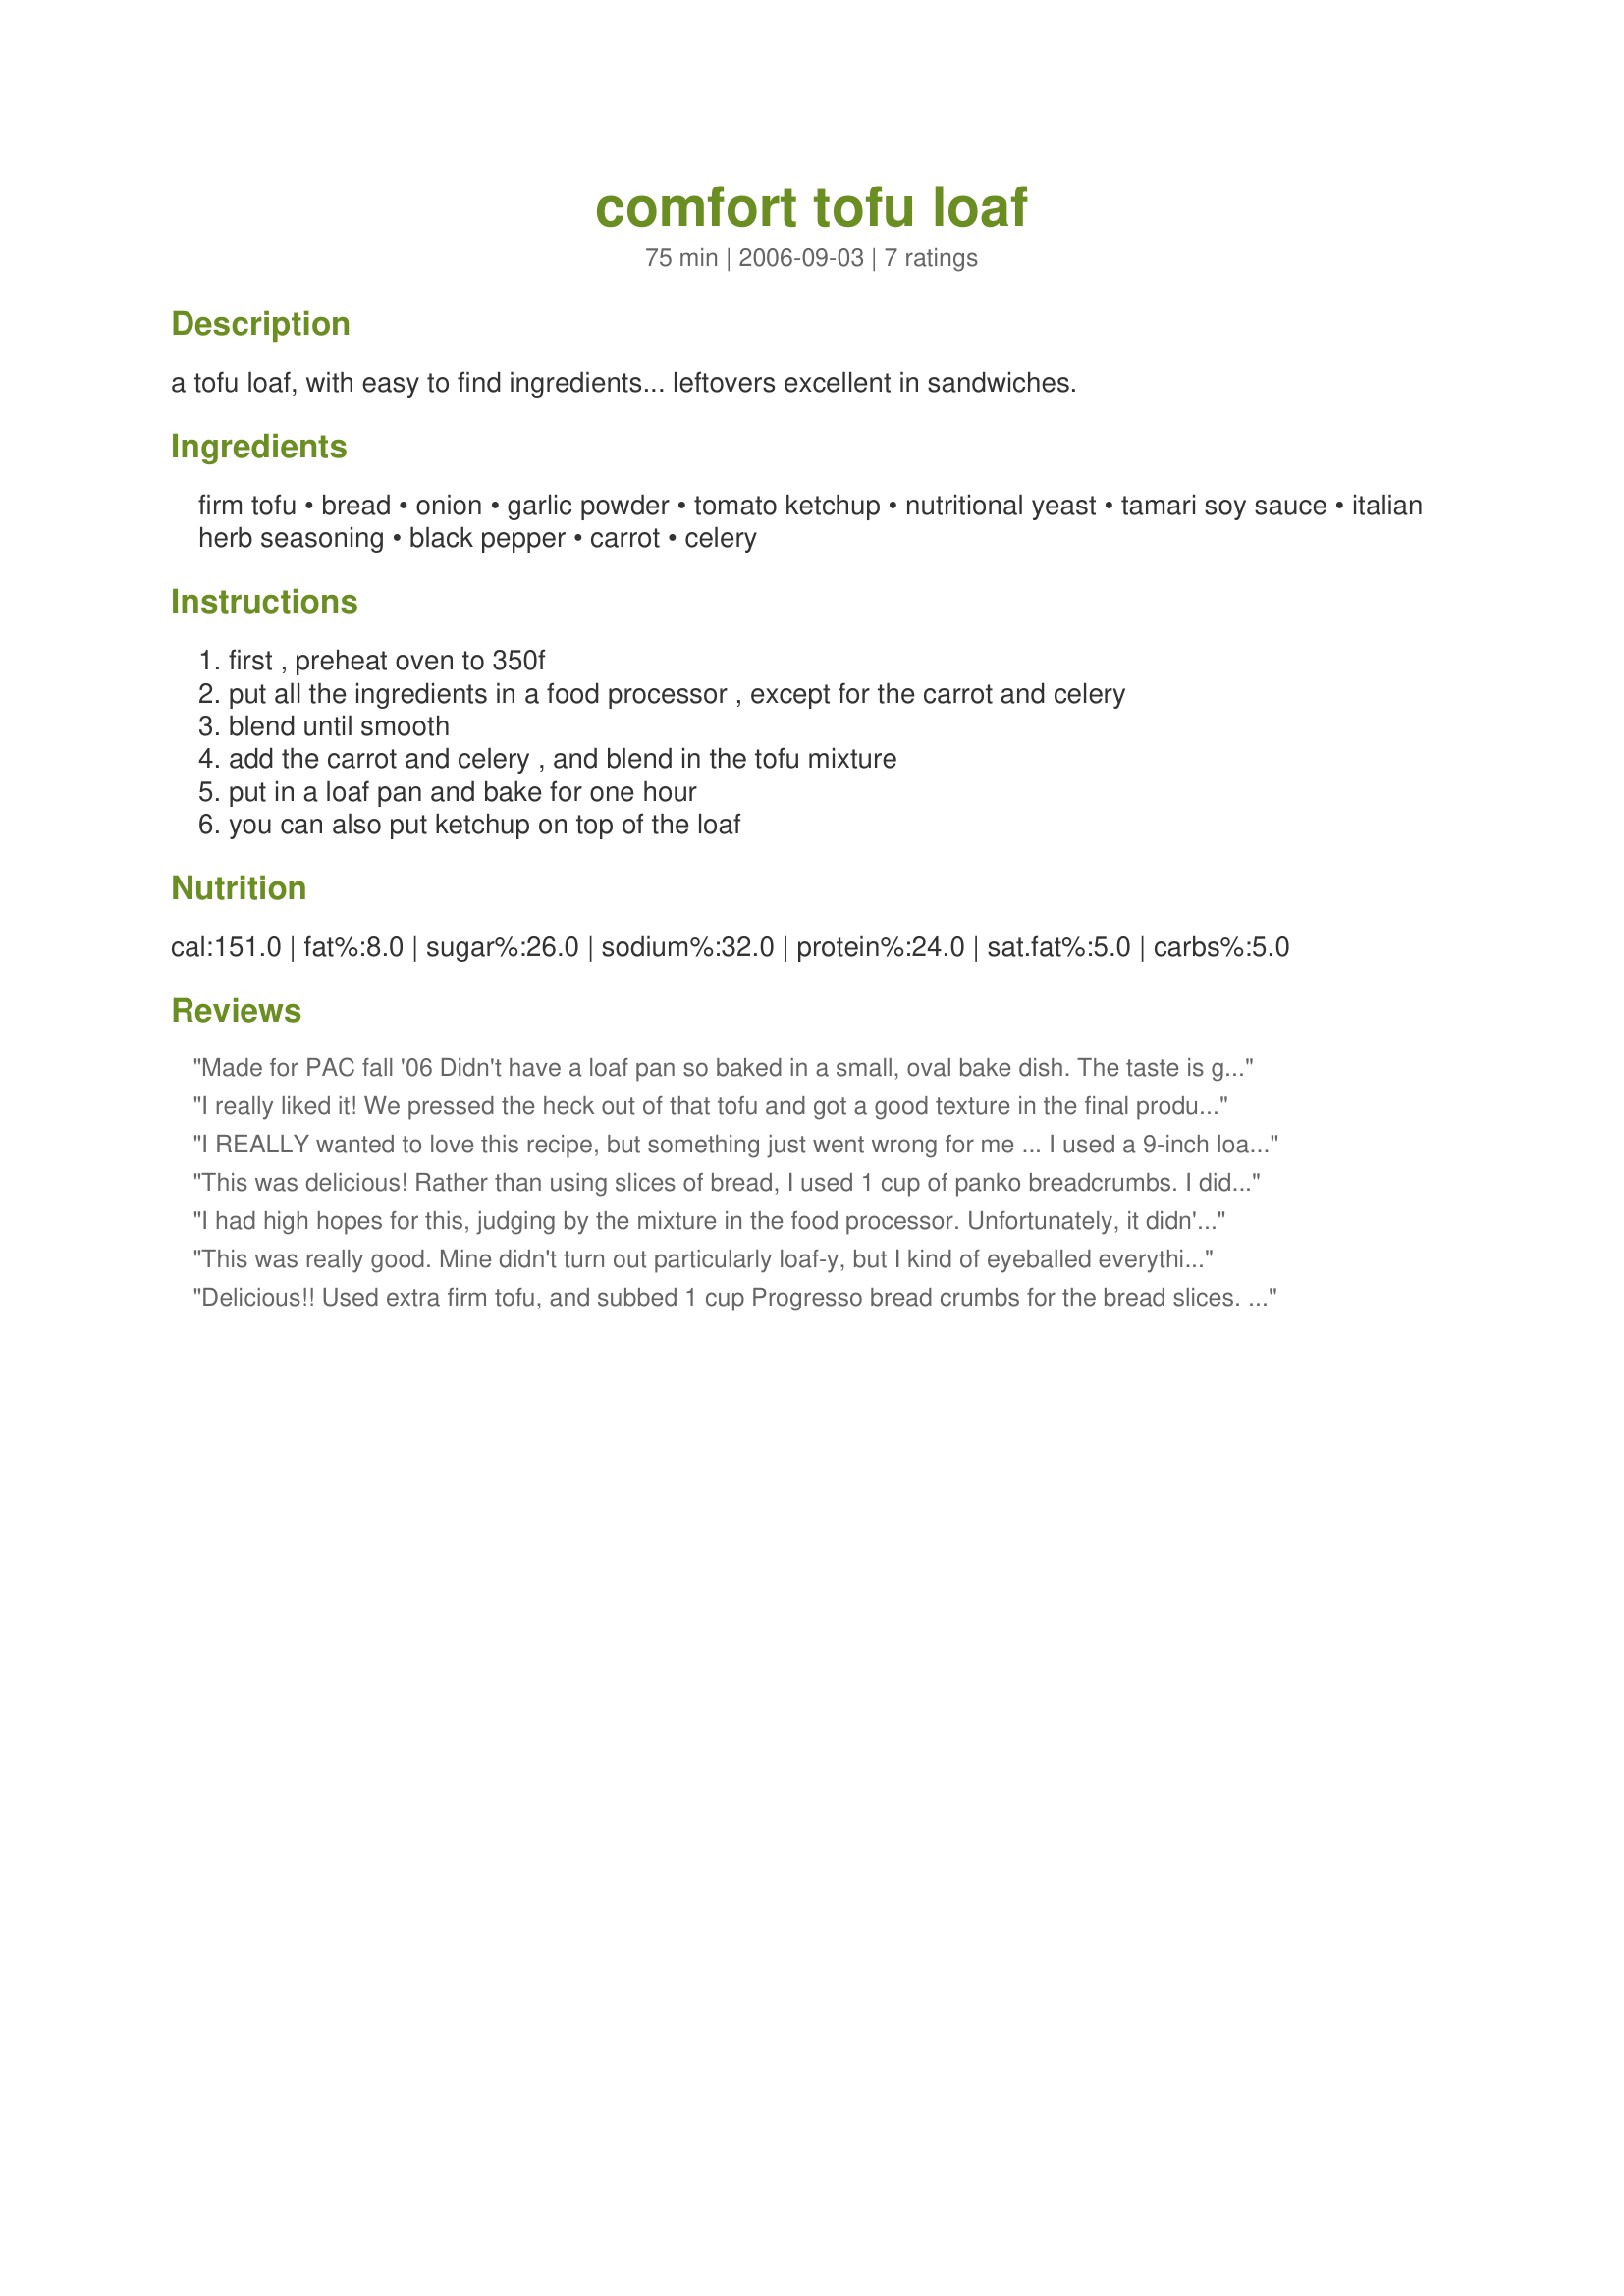
comfort tofu loaf
Preparation time: 75 minutes

a tofu loaf, with easy to find ingredients... leftovers excellent in sandwiches.

Ingredients:
firm tofu, bread, onion, garlic powder, tomato ketchup, nutritional yeast, tamari soy sauce, italian herb seasoning, black pepper, carrot, celery

Steps:
first , preheat oven to 350f, put all the ingredients in a food processor , except for the carrot and celery, blend until smooth, add the carrot and celery , and blend in the tofu mixture, put in a loaf pan and bake for one hour, you can also put ketchup on top of the loaf

Reviews:
Made for PAC fall '06
Didn't have a loaf pan so baked in a small, oval bake dish. The taste is great! The texture is more light & fluffy than a traditional "meatloaf" type dish. I really like this recipe and should confess that I added hot sauce to the ketchup to spice is up. I will absolutely make this again
I really liked it! We pressed the heck out of that tofu and got a good texture in the final product. It really tastes a lot like meat loaf. It was a tiny bit on the dry side. We added more ketchup on top, but something more gravy-ish would have been good. I like this recipe enough to keep experimenting with it, though.
I REALLY wanted to love this recipe, but something just went wrong for me ... I used a 9-inch loaf pan, and I think an 8-inch would have been better. I did press the tofu well, so the texture wasn't too bad, but for some reason, the flavor was very salty.
This was delicious! Rather than using slices of bread, I used 1 cup of panko breadcrumbs. I didn&#039;t have fresh carrots and celery on hand, so I thawed 1 cup of frozen peas and carrots, and then added 1/8 tsp of celery seed. I baked 30 mins without ketchup on top and then added the ketchup for the last 30 mins. I didn&#039;t process my mixture but mashed the tofu instead, so my loaf was very crumbly, but the taste was phenomenal. I ate way more than I should have.
I had high hopes for this, judging by the mixture in the food processor. Unfortunately, it didn't turn into a loaf for me either, it ended up being egg-like inside and would not hold together to slice...the texture wasn't that great. I'm not sure what is missing, but I think maybe adding some flour or arrowroot powder might help. It's definitely one to fiddle around with to perfect to your liking, a lot probably depends on the type, maybe even brand, of tofu.
This was really good. Mine didn't turn out particularly loaf-y, but I kind of eyeballed everything and didn't press the tofu for as long as I could've. It is really tasty though - great for vegetarians and their roommates =)
Delicious!! Used extra firm tofu, and subbed 1 cup Progresso bread crumbs for the bread slices. Don&#039;t have a food processor, so I mashed the tofu first, mashed through all the flavorings next and stirred through the veggies last. Mixture should be very thick and hard to stir. If it isn&#039;t, you need more bread. Mine cooked perfectly. I put 1T of olive oil in bottom of loaf pan. Loaf fell out perfectly cooked at end of hour. Can&#039;t stop eating it.
